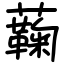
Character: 蘜